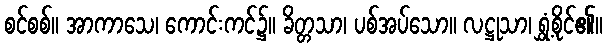
စင်စစ်။ အာကာသေ၊ ကောင်းကင်၌။ ခိတ္တသာ၊ ပစ်အပ်သော။ လဋ္ဌုသာ၊ ရွှံ့စိုင်၏။